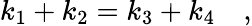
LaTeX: k_{1}+k_{2}=k_{3}+k_{4}\quad,